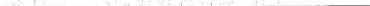
___